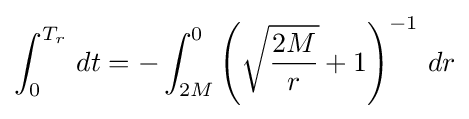
\int _{0}^{T_{r}}\,dt=-\int _{2M}^{0}\left({\sqrt {\frac {2M}{r}}}+1\right)^{-1}\,dr